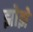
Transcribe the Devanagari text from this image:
झोझे